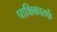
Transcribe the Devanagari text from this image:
पाक्षिकातर्फे